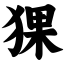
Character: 猓